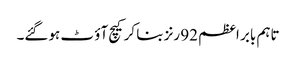
تاہم بابر اعظم 92 رنز بنا کرکیچ آؤ ٹ ہوگئے۔